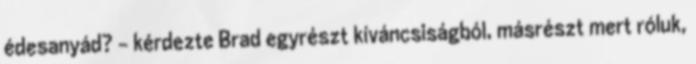
édesanyád? - kérdezte Brad egyrészt kíváncsiságból, másrészt mert róluk,